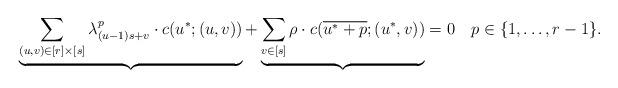
LaTeX: \begin{align*}\underbrace{\sum_{({u}, {v}) \in [r]\times [s]}\lambda^p_{({u}-1)s + {v}} \cdot c(u^{\ast}; ({u},{v}))}_{} + \underbrace{\sum_{{v} \in [s]}\rho \cdot c(\overline{u^{\ast}+p}; (u^{\ast}, {v}))}_{} = 0~~~p \in \{1,\ldots, r-1\}.\end{align*}